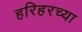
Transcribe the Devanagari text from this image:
हरिहरच्या